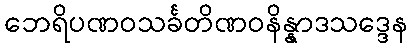
ဘေရိပဏဝသင်္ခတိဏဝနိန္နာဒသဒ္ဒေန